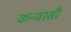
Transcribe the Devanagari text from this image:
कन्वासी